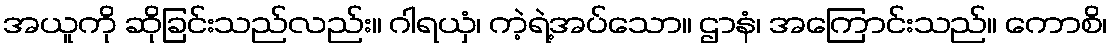
အယူကို ဆိုခြင်းသည်လည်း။ ဂါရယှံ၊ ကဲ့ရဲ့အပ်သော။ ဌာနံ၊ အကြောင်းသည်။ ကောစိ၊